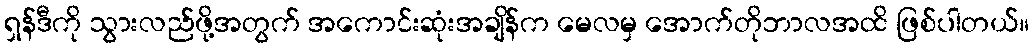
ရှန်ဒီကို သွားလည်ဖို့အတွက် အကောင်းဆုံးအချိန်က မေလမှ အောက်တိုဘာလအထိ ဖြစ်ပါတယ်။